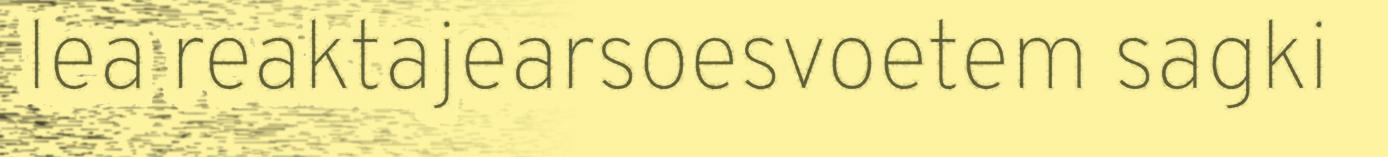
lea reaktajearsoesvoetem sagki